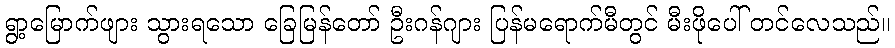
ရွာ့မြောက်ဖျား သွားရသော ခြေမြန်တော် ဦးဂန်ဂျား ပြန်မရောက်မီတွင် မီးဖိုပေါ် တင်လေသည်။